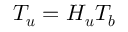
\boldsymbol { T _ { u } } = \boldsymbol { H _ { u } } \boldsymbol { T _ { b } }